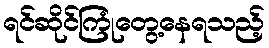
ရင်ဆိုင်ကြုံတွေ့နေရသည့်